Report on vaccination in Madras 1904-1921 - 1904-1921
Year: 1904
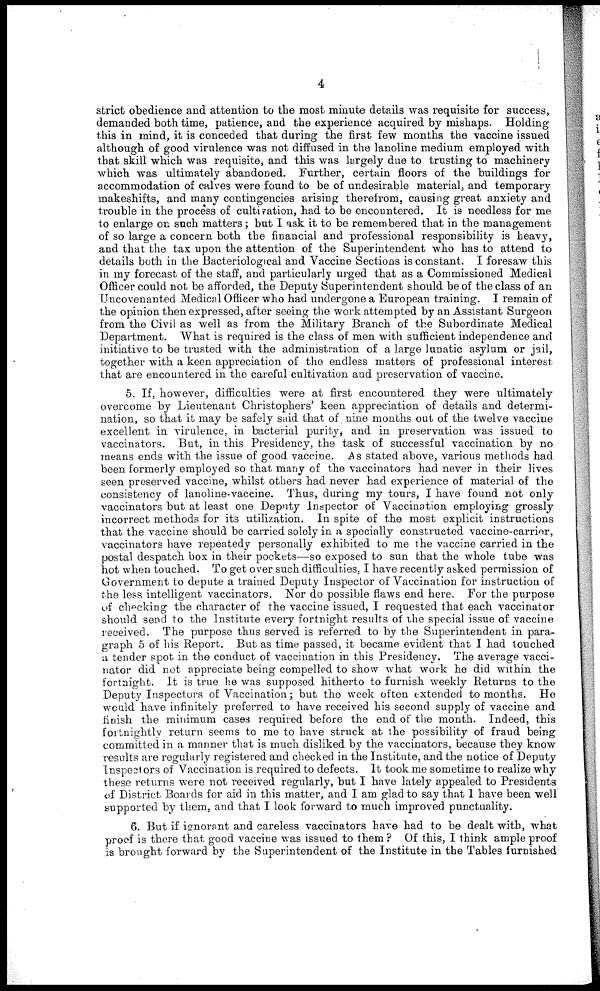
4
strict obedience and attention to the most minute details was requisite for success,
demanded both time, patience, and the experience acquired by mishaps. Holding
this in mind, it is conceded that during the first few months the vaccine issued
although of good virulence was not diffused in the lanoline medium employed with
that skill which was requisite, and this was largely due to trusting to machinery
which was ultimately abandoned. Further, certain floors of the buildings for
accommodation of calves were found to be of undesirable material, and temporary
makeshifts, and many contingencies arising therefrom, causing great anxiety and
trouble in the process of cultiyation, had to be encountered. It is needless for me
to enlarge on such matters; but I ask it to be remembered that in the management
of so large a concern both the financial and professional responsibility is heavy,
and that the tax upon the attention of the Superintendent who has to attend to
details both in the Bacteriological and Vaccine Sections is constant. I foresaw this
in my forecast of the staff, and particularly urged that as a Commissioned Medical
Officer could not be afforded, the Deputy Superintendent should be of the class of an
Uncovenanted Medical Officer who had undergone a European training. I remain of
the opinion then expressed, after seeing the work attempted by an Assistant Surgeon
from the Civil as well as from the Military Branch of the Subordinate Medical
Department. What is required is the class of men with sufficient independence and
initiative to be trusted with the administration of a large lunatic asylum or jail,
together with a keen appreciation of the endless matters of professional interest
that are encountered in the careful cultivation and preservation of vaccine.
5. If, however, difficulties were at first encountered they were ultimately
overcome by Lieutenant Christophers' keen appreciation of details and determi-
nation, so that it may be safely said that of nine months out of the twelve vaccine
excellent in virulence, in bacterial purity, and in preservation was issued to
vaccinators. But, in this Presidency, the task of successful vaccination by no
means ends with the issue of good vaccine. As stated above, various methods had
been formerly employed so that many of the vaccinators had never in their lives
seen preserved vaccine, whilst others had never had experience of material of the
consistency of lanoline-vaccine. Thus, during my tours, I have found not only
vaccinators but at least one Deputy Inspector of Vaccination employing grossly
incorrect methods for its utilization. In spite of the most explicit instructions
that the vaccine should be carried solely in a specially constructed vac cine-carrier,
vaccinators have repeatedy personally exhibited to me the vaccine carried in the
postal despatch box in their pockets—so exposed to sun that the whole tube was
hot when touched. To get over such difficulties. I have recently asked permission of
Government to depute a trained Deputy Inspector of Vaccination for instruction of
the less intelligent vaccinators. Nor do possible flaws end here. For the purpose
of checking the character of the vaccine issued, I requested that each vaccinator
should send to the Institute every fortnight results of the special issue of vaccine
received. The purpose thus served is referred to by the Superintendent in para-
graph 5 of his Report. But as time passed, it became evident that I had touched
a tender spot in the conduct of vaccination in this Presidency. The average vacci-
nator did not appreciate being compelled to show what work he did within the
fortnight. It is true he was supposed hitherto to furnish weekly Returns to the
Deputy Inspectors of Vaccination; but the week often extended to months. He
would have infinitely preferred to have received his second supply of vaccine and
finish the minimum cases required before the end of the month. Indeed, this
fortnightly return seems to me to have struck at the possibility of fraud being
committed in a manner that is much disliked by the vaccinators, because they know
results are regularly registered and checked in the Institute, and the notice of Deputy
Inspectors of Vaccination is required to defects. It took me sometime to realize why
these returns were not received regularly, but I have lately appealed to Presidents
of District Boards for aid in this matter, and I am glad to say that I have been well
supported by them, and that I look forward to much improved punctuality.
6. But if ignorant and careless vaccinators have had to be dealt with, what
proof is there that good vaccine was issued to them ? Of this, I think ample proof
is brought forward by the Superintendent of the Institute in the Tables furnished